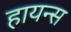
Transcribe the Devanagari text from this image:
हायन्स